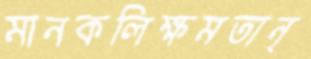
মানকলিক্ষমতান্